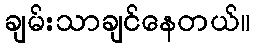
ချမ်းသာချင်နေတယ်။